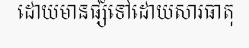
ដោយមានផ្សំទៅដោយសារធាតុ